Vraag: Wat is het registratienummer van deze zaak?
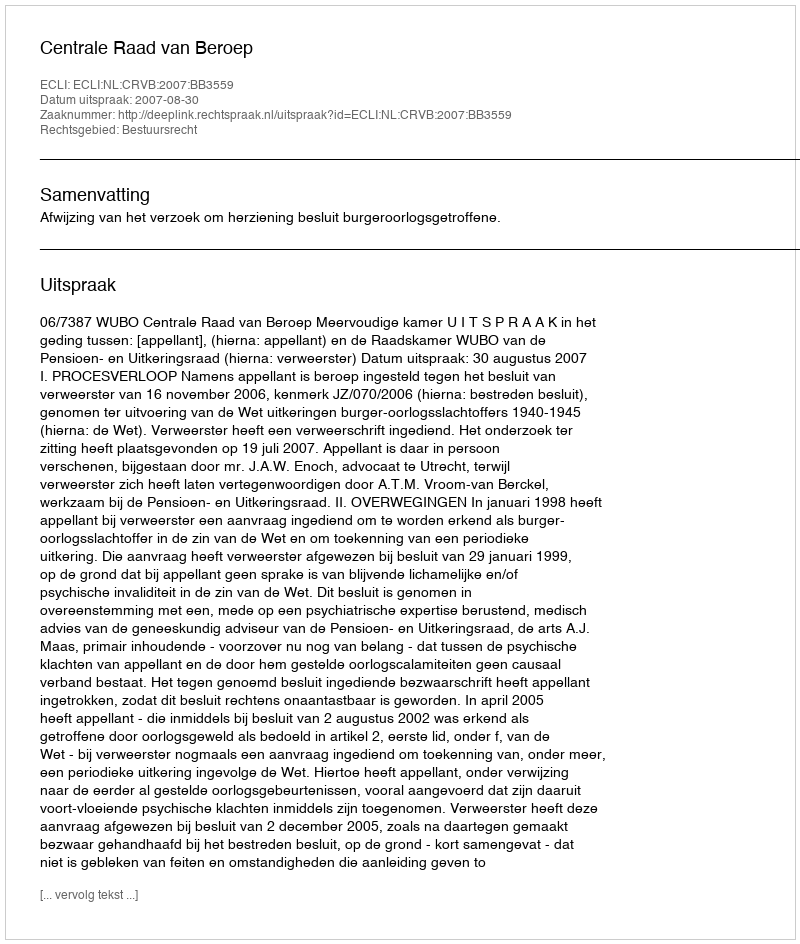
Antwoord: http://deeplink.rechtspraak.nl/uitspraak?id=ECLI:NL:CRVB:2007:BB3559